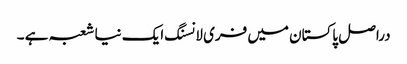
دراصل پاکستان میں فری لانسنگ ایک نیا شعبہ ہے ۔